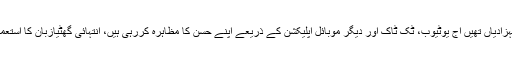
وہ عفت نشیں بہنیں جو پردے میں رہ کر شہزادیاں تھیں آج یوٹیوب، ٹک ٹاک اور دیگر موبائل اپلیکشن کے ذریعے اپنے حسن کا مظاہرہ کررہی ہیں، انتہائی گھٹیازبان کا استعمال کرکے برقع واسلام کو بدنام کررہی ہیں۔